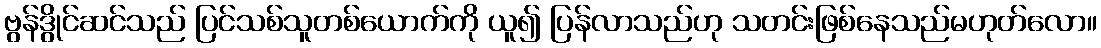
ဗွန်ဒွိုင်ဆင်သည် ပြင်သစ်သူတစ်ယောက်ကို ယူ၍ ပြန်လာသည်ဟု သတင်းဖြစ်နေသည်မဟုတ်လော။